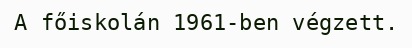
A főiskolán 1961-ben végzett.